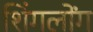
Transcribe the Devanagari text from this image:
शिंगलोंग